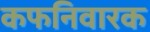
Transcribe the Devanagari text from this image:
कफनिवारक